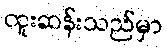
ထူးဆန်းသည်မှာ